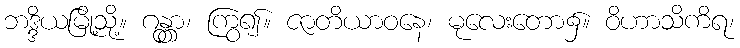
ဘဒ္ဒိယမြို့သို့။ ဂန္တွာ၊ ကြွ၍။ ဇာတိယာဝနေ၊ မုလေးတော၌။ ဝိဟာသိကိရ၊